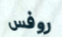
روفس